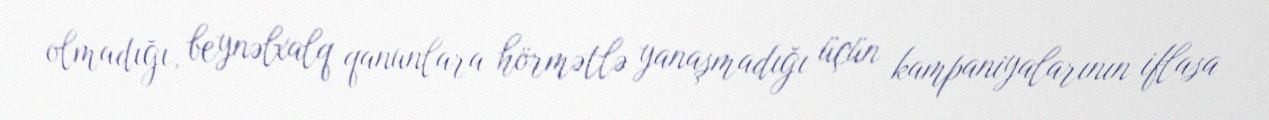
olmadığı, beynəlxalq qanunlara hörmətlə yanaşmadığı üçün kampaniyalarının iflasa